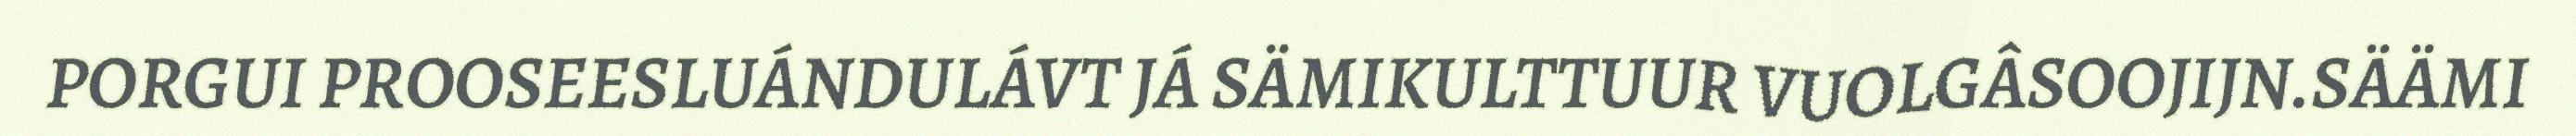
PORGUI PROOSEESLUÁNDULÁVT JÁ SÄMIKULTTUUR VUOLGÂSOOJIJN.SÄÄMI